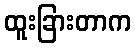
ထူးခြားတာက